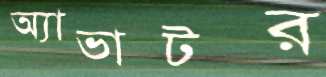
অ্যাভাটর